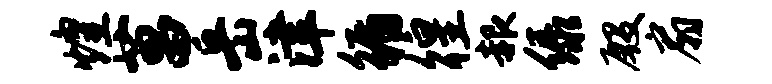
煌菖岳津循徨赧绿殷扇